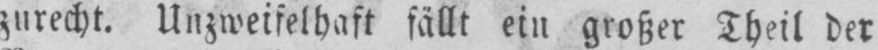
zurecht. Unzweifelhaft fällt ein großer Theil der